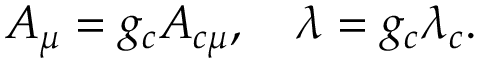
A _ { \mu } = g _ { c } A _ { c \mu } , \quad \lambda = g _ { c } \lambda _ { c } .